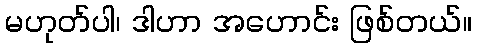
မဟုတ်ပါ၊ ဒါဟာ အဟောင်း ဖြစ်တယ်။